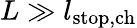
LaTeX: L\gg l_{\mathrm{stop,ch}}